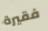
فقيرة